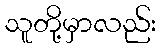
သူတို့မှာလည်း